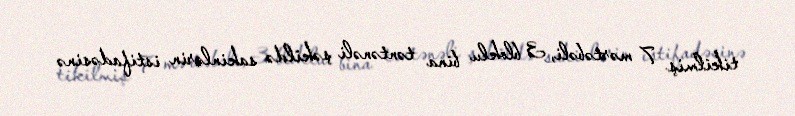
tikilmiş 7 mərtəbəli, 3 bloklu bina təntənəli şəkildə sakinlərin istifadəsinə